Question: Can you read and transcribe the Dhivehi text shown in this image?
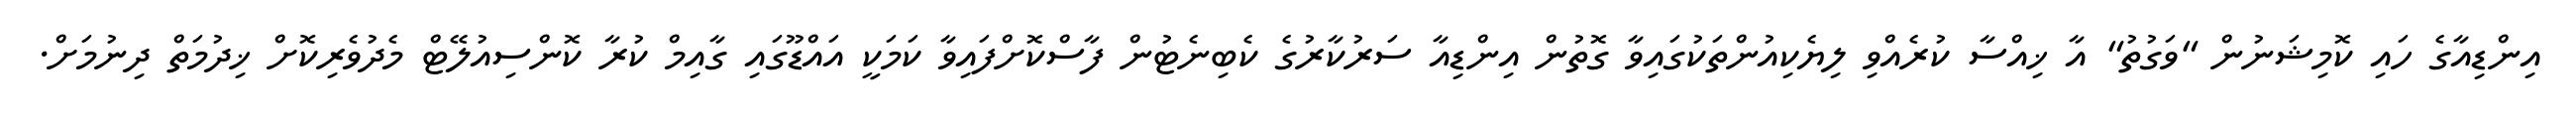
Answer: އިންޑިއާގެ ހައި ކޮމިޝަނުން "ވަގުތު" އާ ޚިއްސާ ކުރެއްވި ލިޔެކިއުންތަކުގައިވާ ގޮތުން އިންޑިއާ ސަރުކާރުގެ ކެބިނެޓުން ފާސްކޮށްފައިވާ ކަމަކީ އައްޑޫގައި ގާއިމް ކުރާ ކޮންސިއުލޭޓް މެދުވެރިކޮށް ޚިދުމަތް ދިނުމަށް.